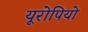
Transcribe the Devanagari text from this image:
यूरोपियो